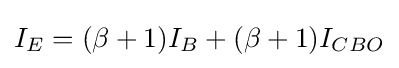
I_{E}=(\beta +1)I_{B}+(\beta +1)I_{CBO}